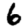
Digit: 6